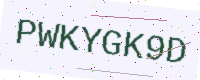
Text: PWKYGK9D